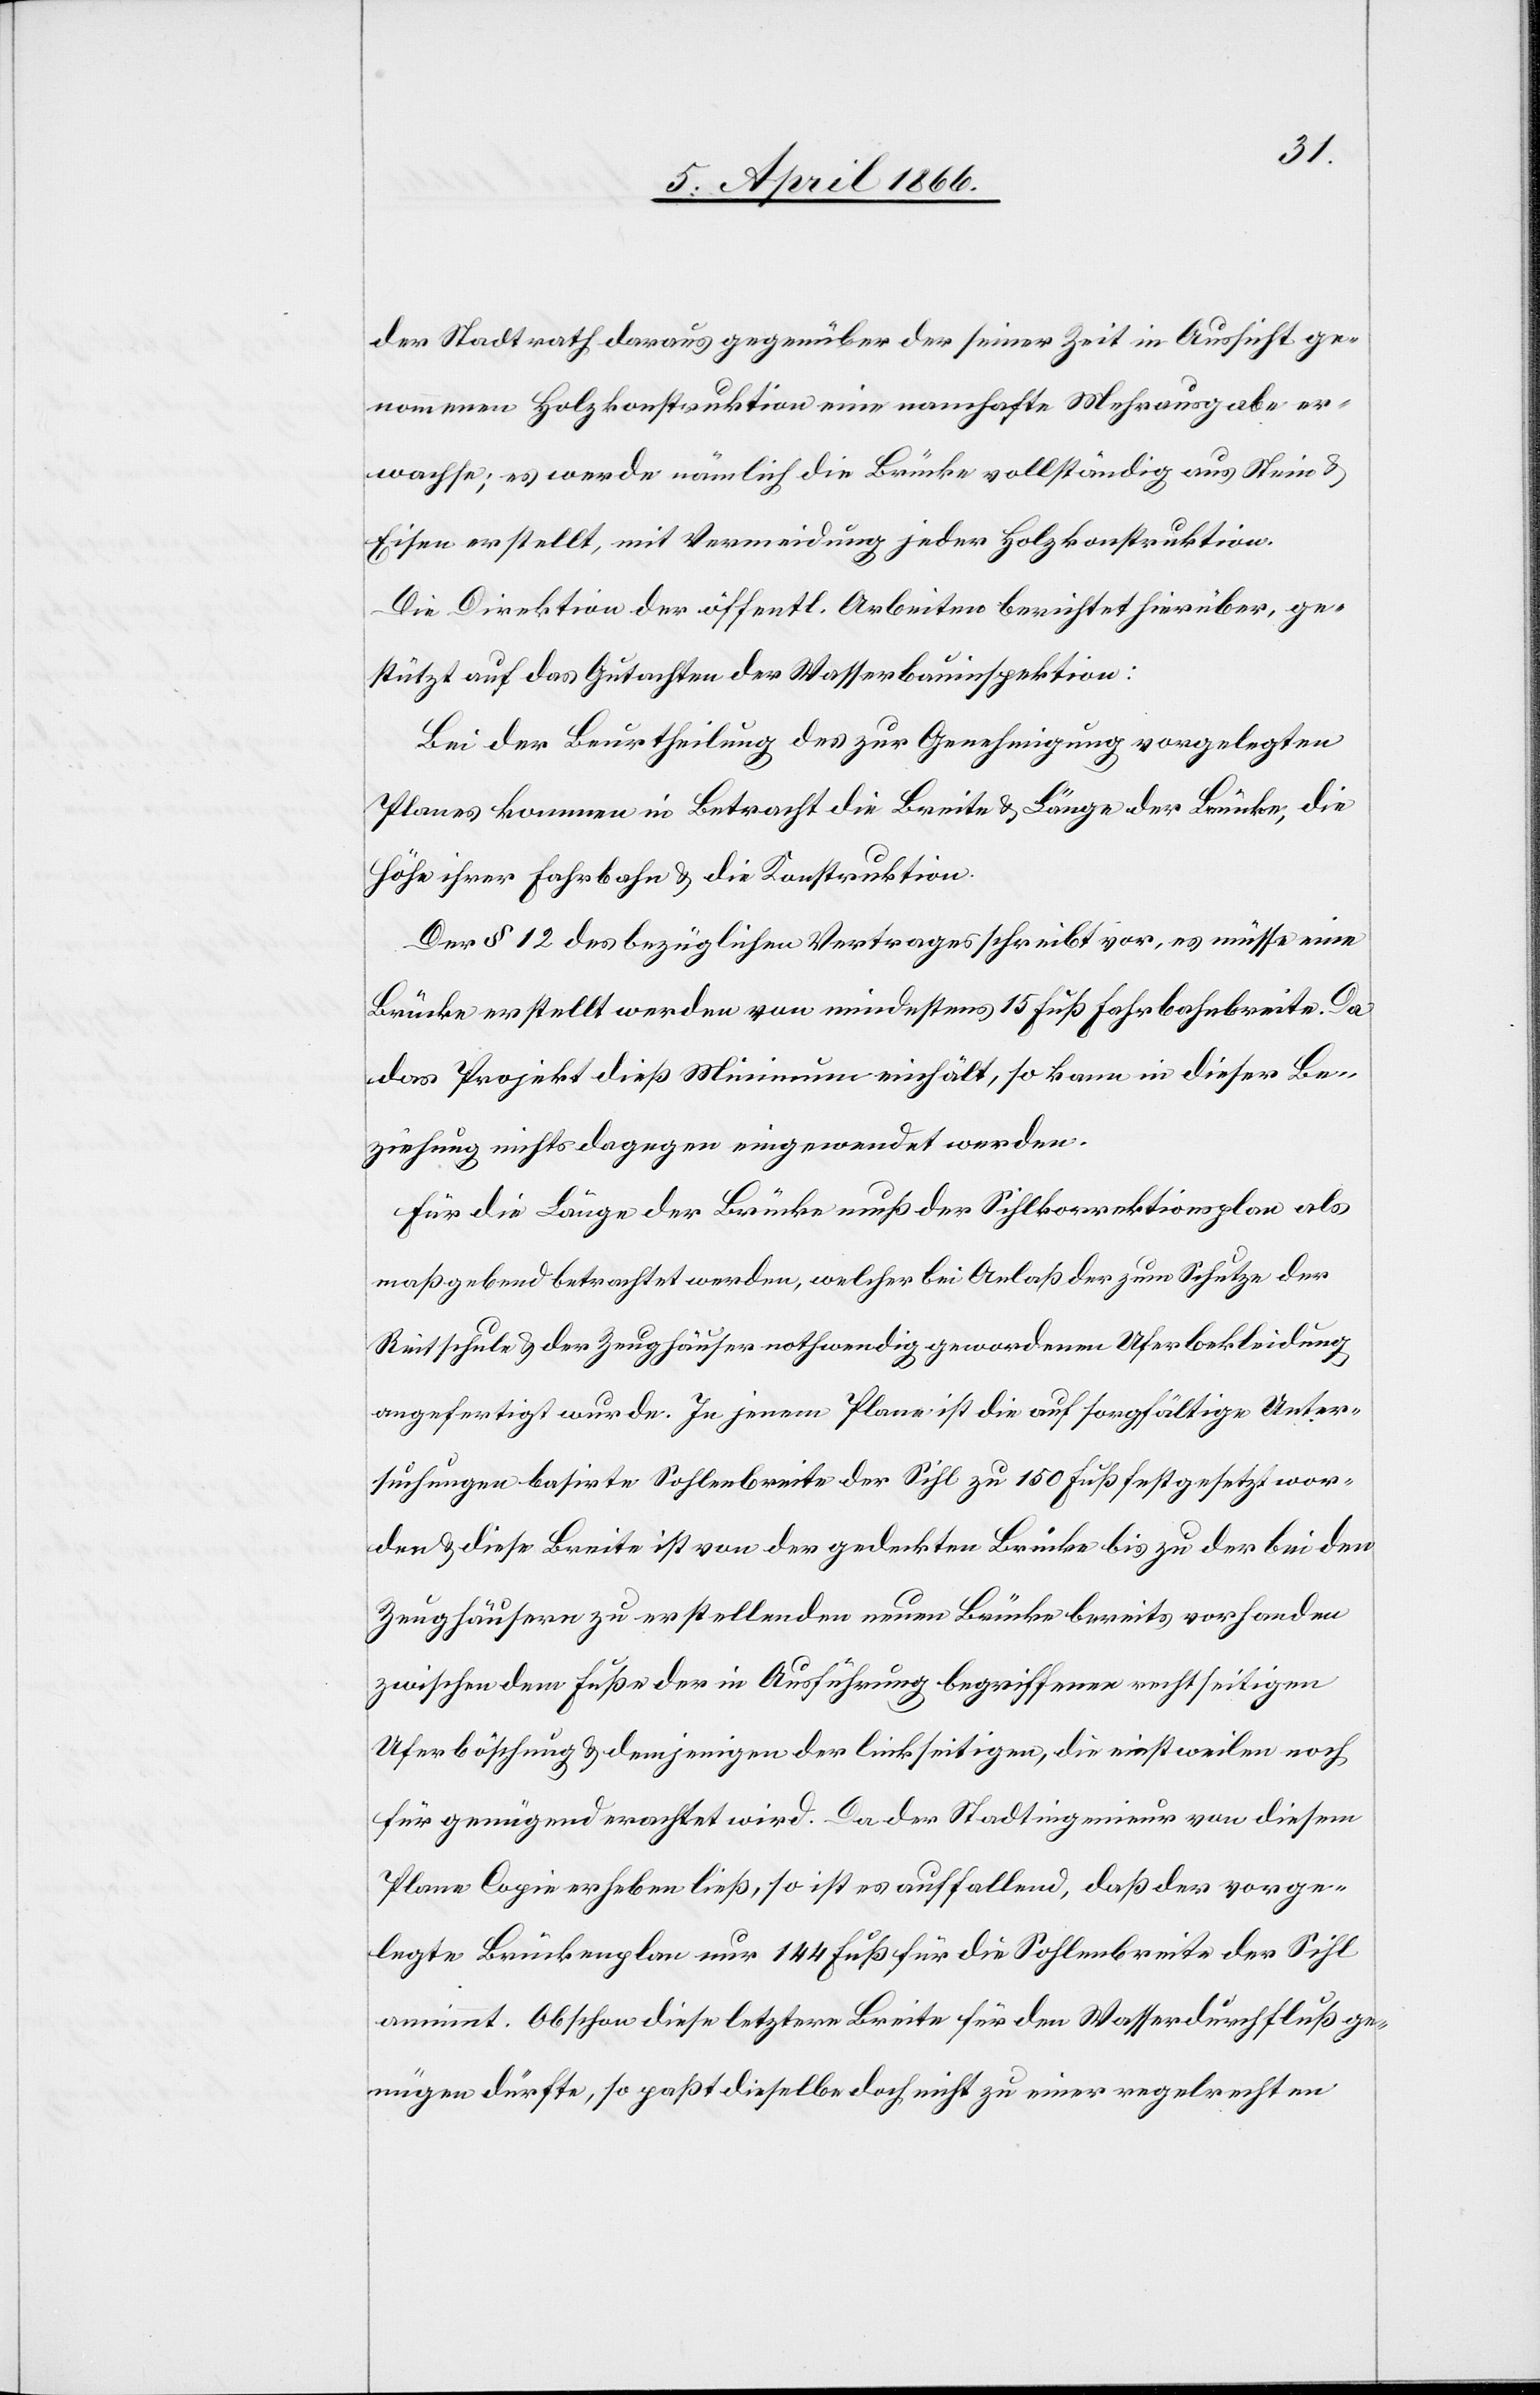
Stadtrath darauf gegenüber der seiner Zeit in Aussicht ge¬
nommenen Holzkonstruktion eine namhafte Mehrausgabe er¬
wachse; es werde nämlich die Brücke vollständig aus Stein u.
Eisen erstellt, mit Vermeidung jeder Holzkonstruktion.
Die Direktion der öffentl. Arbeiten berichtet hierüber, ge¬
stützt auf das Gutachten der Wasserbauinspektion:
Bei der Beurtheilung des zur Genehmigung vorgelegten
Planes kommen in Betracht die Breite u. Länge der Brücke; die
Höhe ihrer Fahrbahn u. die Konstruktion.
Der § 12 des bezüglichen Vertrages schreibt vor, es müsse eine
Brücke erstellt werden von mindestens 15 Fuß Fahrbahnbreite. Da
das Projekt dieß Minimum einhält, so kann in dieser Be¬
ziehung nichts dagegen eingewendet werden.
Für die Länge der Brücke muß der Sihlkorrektionsplan als
maßgebend betrachtet werden, welcher bei Anlaß der zum Schutze der
Reitschule u. der Zeughäuser nothwendig gewordenen Uferbekleidung
angefertigt wurde. In jenem Plane ist die auf sorgfältige Unter¬
suchungen basirte Sohlenbreit der Sihl zu 150 Fuß festgesetzt wor¬
den u. diese Breite ist von der gedeckten Brücke bis zu der bei den
Zeughäusern zu erstellenden neuen Brücke bereits vorhanden
zwischen dem Fuße der in Ausführung begriffenen rechtseitigen
Uferböschung u. demjenigen der linkseitigen, die einstweilen noch
für genügend erachtet wird. Da der Stadtingenieur von diesem
Plane Copie erheben ließ, so ist es auffallend, daß der vorge¬
legte Brückenplan nur 144 Fuß für die Sohlenbreite der Sihl
annimmt. Obschon diese letztere Breite für den Wasserdurchfluß ge¬
nügen dürfte, so paßt dieselbe doch nicht zu einer regelrechten